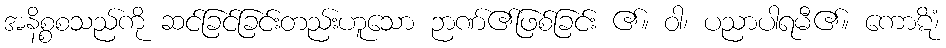
အနိစ္စစသည်ကို ဆင်ခြင်ခြင်းတည်းဟူသော ဉာဏ်၏ဖြစ်ခြင်း ၏။ ဝါ၊ ပညာပါရမီ၏။ ကောဋိံ၊